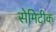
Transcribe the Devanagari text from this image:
सेमिटीक